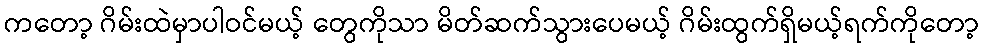
ကတော့ ဂိမ်းထဲမှာပါဝင်မယ့် တွေကိုသာ မိတ်ဆက်သွားပေမယ့် ဂိမ်းထွက်ရှိမယ့်ရက်ကိုတော့